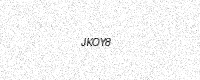
Text: JKOY8